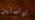
تواصلين